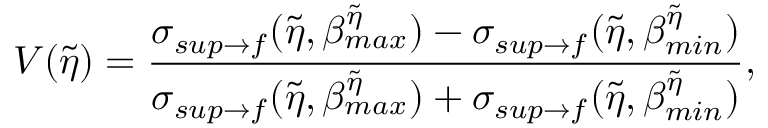
V ( \tilde { \eta } ) = \frac { \sigma _ { s u p \rightarrow f } ( \tilde { \eta } , \beta _ { m a x } ^ { \tilde { \eta } } ) - \sigma _ { s u p \rightarrow f } ( \tilde { \eta } , \beta _ { m i n } ^ { \tilde { \eta } } ) } { \sigma _ { s u p \rightarrow f } ( \tilde { \eta } , \beta _ { m a x } ^ { \tilde { \eta } } ) + \sigma _ { s u p \rightarrow f } ( \tilde { \eta } , \beta _ { m i n } ^ { \tilde { \eta } } ) } ,